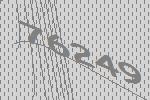
76249